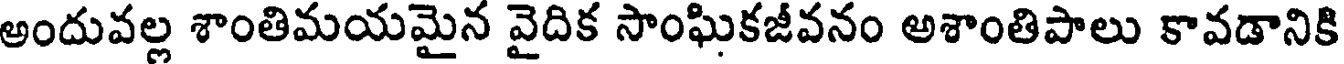
అందువల్ల శాంతిమయమైన వైదిక సాంఘికజీవనం అశాంతిపాలు కావడానికి